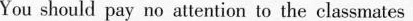
You should pay no attention to the classmates